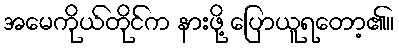
အမေကိုယ်တိုင်က နားဖို့ ပြောယူရတော့၏။